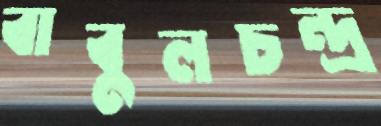
বাবুলচন্দ্র